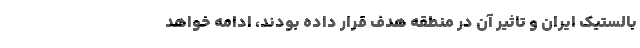
بالستیک ایران و تاثیر آن در منطقه هدف قرار داده بودند، ادامه خواهد